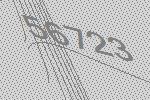
56723